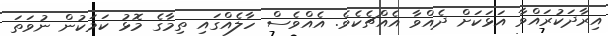
އިރާދަކުރައްވާ އަޅަކަށް ދެއްވާ އެއްޗެކެވެ. އެއްވެސް ހާލެއްގައި ތިމާގެ މޮޅު ކަމަކުން ނުވަތަ